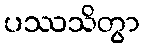
ပဿသိတွာ